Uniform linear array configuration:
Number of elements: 24
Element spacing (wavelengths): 0.25
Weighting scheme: hann
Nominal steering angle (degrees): -60
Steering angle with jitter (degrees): -60.019
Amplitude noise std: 0.05
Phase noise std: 0.05

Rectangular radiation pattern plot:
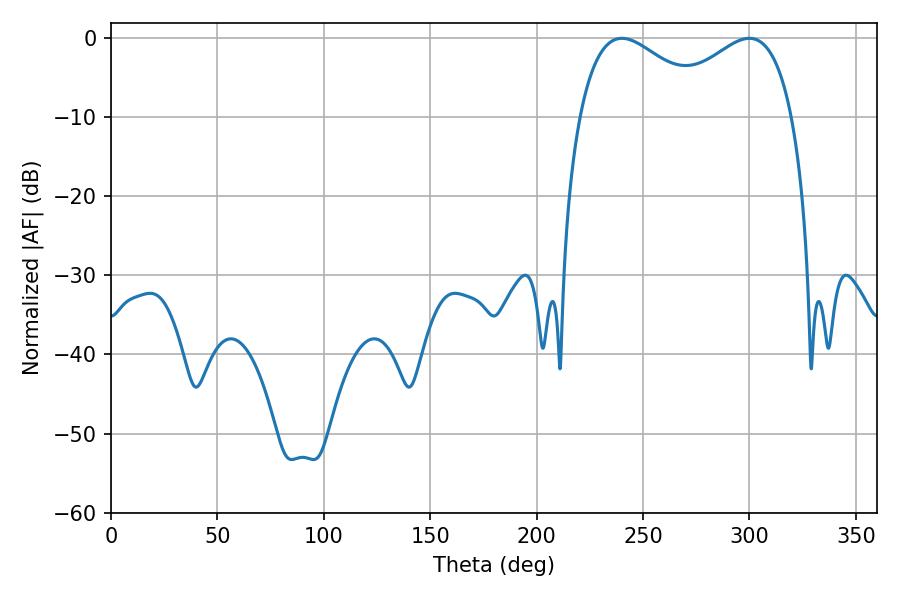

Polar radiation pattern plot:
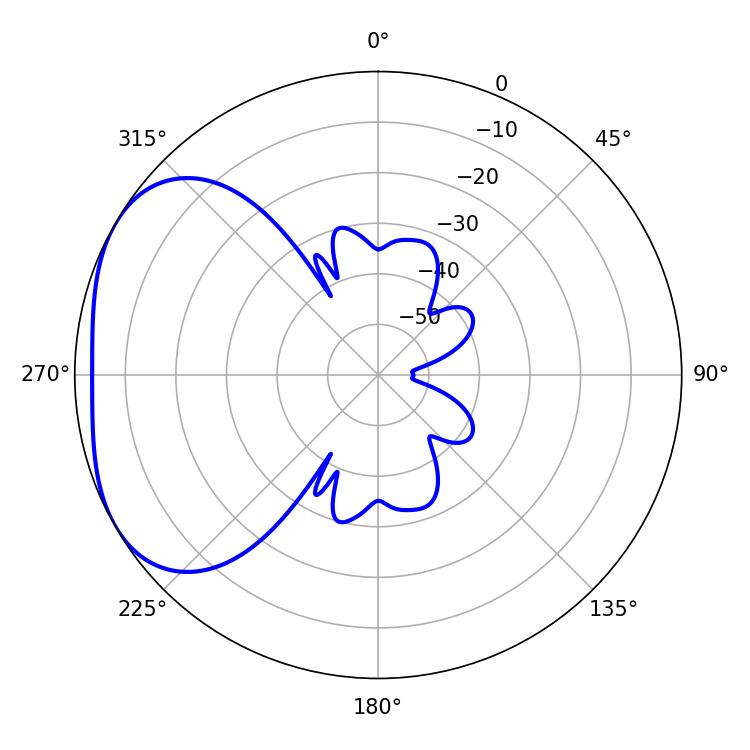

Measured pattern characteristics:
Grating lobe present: FALSE
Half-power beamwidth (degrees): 34.56
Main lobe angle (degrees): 240.12